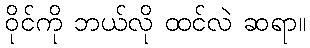
ဝိုင်ကို ဘယ်လို ထင်လဲ ဆရာ။